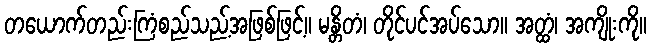
တယောက်တည်းကြံစည်သည့်အဖြစ်ဖြင့်။ မန္တိတံ၊ တိုင်ပင်အပ်သော။ အတ္ထံ၊ အကျိုးကို။